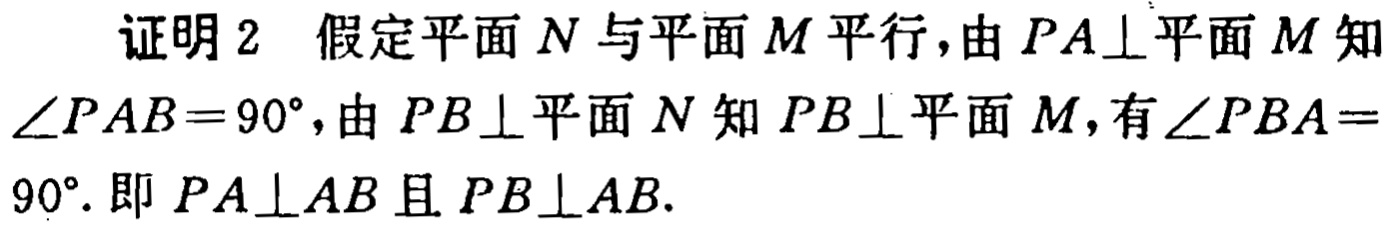
证明2 假定平面\(N\)与平面\(M\)平行，由\(PA\perp\)平面\(M\)知\(\angle PAB = 90^{\circ}\)，由\(PB\perp\)平面\(N\)知\(PB\perp\)平面\(M\)，有\(\angle PBA = 90^{\circ}\). 即 \(PA\perp AB\)且\(PB\perp AB\).